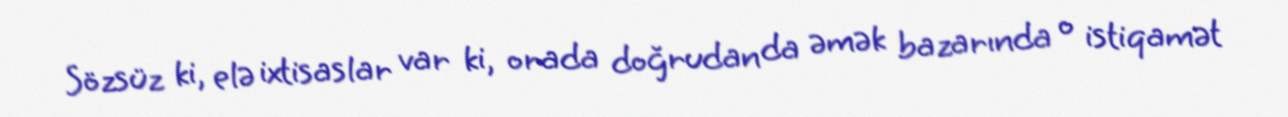
Sözsüz ki, elə ixtisaslar var ki, orada doğrudan da əmək bazarında o istiqamət